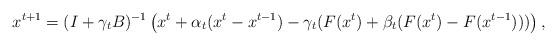
LaTeX: \begin{align*}x^{t+1}=(I+\gamma_tB)^{-1}\left(x^t+\alpha_t(x^t-x^{t-1})-\gamma_t(F(x^t)+\beta_t(F(x^t)-F(x^{t-1})))\right),\end{align*}